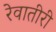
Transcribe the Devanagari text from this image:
रेवातीरी